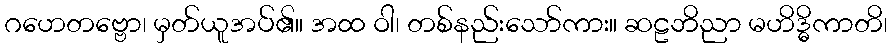
ဂဟေတဗ္ဗော၊ မှတ်ယူအပ်၏။ အထ ဝါ၊ တစ်နည်းသော်ကား။ ဆဠဘိညာ မဟိဒ္ဓိကာတိ၊